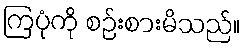
ကြပုံကို စဉ်းစားမိသည်။